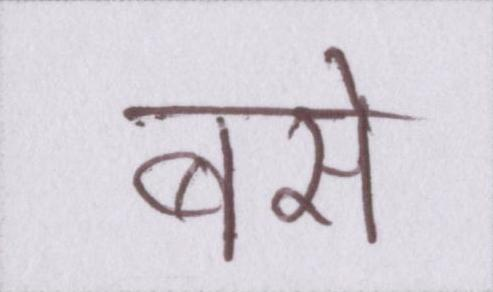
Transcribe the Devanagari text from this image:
बसे